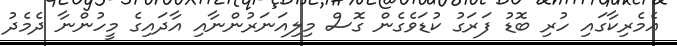
އެމެރިކާގައި ހުރި ބޮޑު ފަރަގު ކުޑަވެގެން ގޮސް މިލިއަނަރުންނާއި އާދައިގެ މީހުންނާ ދެމެދު